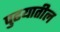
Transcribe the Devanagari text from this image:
पुढयातील